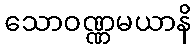
သောဝဏ္ဏမယာနိ